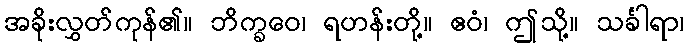
အခိုးလွှတ်ကုန်၏။ ဘိက္ခဝေ၊ ရဟန်းတို့။ ဧဝံ၊ ဤသို့။ သင်္ခါရာ၊